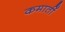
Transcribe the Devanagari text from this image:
कमातीं